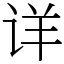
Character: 详